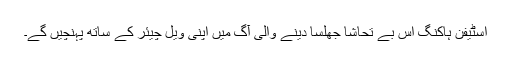
اسٹیفن ہاکنگ اس بے تحاشا جھلسا دینے والی آگ میں اپنی ویل چیئر کے ساتھ پہنچیں گے۔